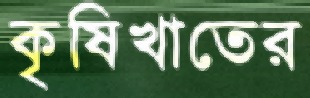
কৃষিখাতের